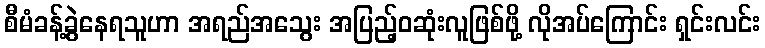
စီမံခန့်ခွဲနေရသူဟာ အရည်အသွေး အပြည့်ဝဆုံးလူဖြစ်ဖို့ လိုအပ်ကြောင်း ရှင်းလင်း